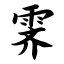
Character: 霁